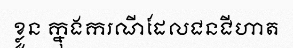
ខ្លួន ក្នុងករណីដែលជនជីហាត